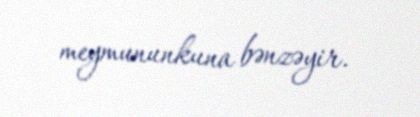
meymununkuna bənzəyir.